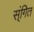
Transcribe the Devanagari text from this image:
स्ंगित